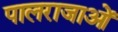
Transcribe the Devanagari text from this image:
पालराजाओं